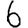
Digit: 6